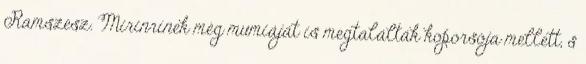
Ramszesz. Mirinrínek még mumiáját is megtalálták koporsója mellett, s